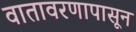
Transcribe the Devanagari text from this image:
वातावरणापासून